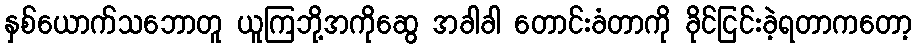
နှစ်ယောက်သဘောတူ ယူကြဘို့အကိုဆွေ အခါခါ တောင်းခံတာကို ခိုင်ငြင်းခဲ့ရတာကတော့